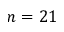
n = 2 1